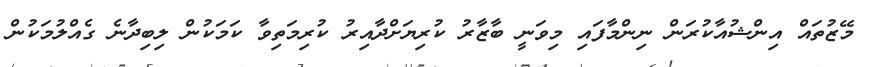
މޭޒުތައް އިންޝުއާކުރަން ނިންމާފައި މިވަނީ ބާޒާރު ކުރިޔަށްދާއިރު ކުރިމަތިވާ ކަމަކުން ލިބިދާނެ ގެއްލުމަކުން